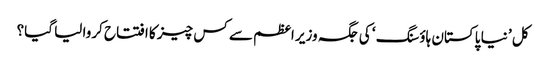
کل ’ نیا پاکستان ہاؤسنگ ‘ کی جگہ وزیر اعظم سے کس چیز کا افتتاح کروا لیا گیا؟